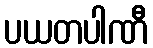
ပယတပါဏီ